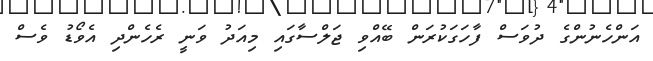
އަންހެނުންގެ ދުވަސް ފާހަގަކުރަން ބޭއްވި ޖަލްސާގައި މިއަދު ވަނީ ރެހެންދި އެވޯޑު ވެސް